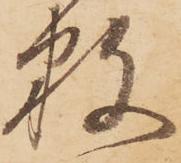
数